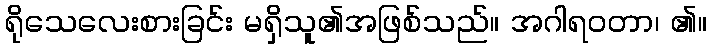
ရိုသေလေးစားခြင်း မရှိသူ၏အဖြစ်သည်။ အဂါရဝတာ၊ ၏။